Report of the Municipal Commissioner on the plague in Bombay for the year ending 31st May... - Volume 2
Disease focus: Plague
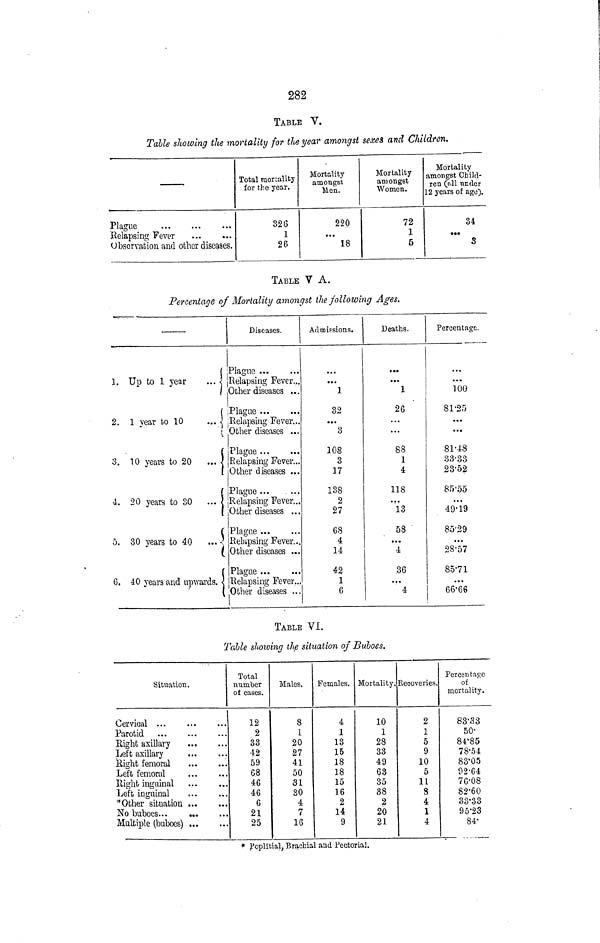
282
TABLE V.
Table showing the mortality for the year amongst sexes and Children.
Plague
Relapsing Fever
Observation and other diseases.
Total mortality
for the year.
326
1
26
Mortality
amongst
Men.
220
...
18
Mortality
amongst
Women.
72
1
5
Mortality
amongst Child-
ren (all tinder
12 years of age).
34
•••
S
TABLE V A.
Percentage of Mortality amongst the following Ages.
1.
2.
3.
4.
5.
6.
(
Diseases.
Plague
Up to 1 year
... < Relapsing Fever...
I
1 Other diseases ...
( (Plague
1 year to 10
... .j
V.
{
10 years to 20
... •[
i
,
20 years to 30 ... 1
c
30 years to 40
... -'
(
(
40 years and upwards. <
(
Relapsing Fever...
Other diseases ...
Plague
Relapsing Fever-
Other diseases ...
Plague
Relapsing Fever...
Other diseases ...
Plague
Relapsing Fever...
Other diseases ...
Plague ...
Relapsing Fever...
Other diseases ...
Admissions.
...
1
32
...
3
108
3
17
138
2
27
68
4
14
42
1
6
Deaths.
f »•
• w»
1
26
...
...
88
1
4
118
"IB
58
...
4
36
...
4
Percentage.
...
TOO
81-25
• ••
...
81-48
33-33
23-52
85-55
49-19
85-29
...
28-57
85-71
...
66-66
TABLE VI.
Table showing the situation of Buboes.
Situation,
Cervical
Parotid
Right axillary
Left axillary
Bight femoral
Left femoral
Right inguinal
Left inguinal
* Other situation
No buboes
Multiple (buboes)
Total
number
of cases.
12
2
33
•12
59
68
46
46
6
21
25
Males,
8
1
20
•27
41
50
31
30
4
7
16
Females.
4
1
13
15
18
18
15
16
2
14
9
Mortality.
1,0
1
28
33
49
63
35
38
2
20
21
Recoveries.
2
1
5
9
10
5
11
8
4
1
4
Perccntase
of
mortality.
83'33
50-
84 k 85
78-54
83 1 05
92-64
76-08
82-60
33-33
95-23
84-
* Poplitialj Brachial and Factorial.